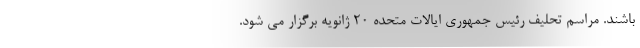
باشند. مراسم تحلیف رئیس جمهوری ایالات متحده ۲۰ ژانویه برگزار می شود.